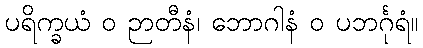
ပရိက္ခယံ ဝ ဉာတီနံ၊ ဘောဂါနံ ဝ ပဘင်္ဂုရံ။